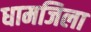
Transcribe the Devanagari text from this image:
धामजिला